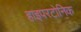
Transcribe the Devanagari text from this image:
हाइपरटोनिक